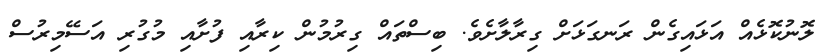
ލޮނުކޮޅެއް އަޅައިގެން ރަނގަޅަށް ގިރާލާށެވެ. ބިސްތައް ގިރުމުން ކިރާއި ފުށާއި މުގުރި އަސޭމިރުސް